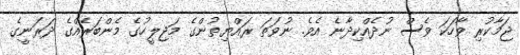
ޖަމާކުރި ވާހަކަ ވެސް ނުދެއްކިދާނެ އެވެ. ނުވަތަ ރައްޔިތުންގެ މަޖިލީހުގެ މެންބަރެއްގެ ދަރަނީގެ